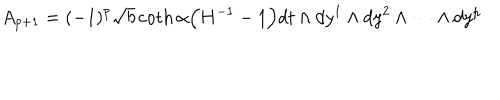
LaTeX: A _ { p + 1 } = ( - 1 ) ^ { p } \sqrt { b } \coth \alpha \Big ( H ^ { - 1 } - 1 \Big ) d t \wedge d y ^ { 1 } \wedge d y ^ { 2 } \wedge \cdots \wedge d y ^ { p }